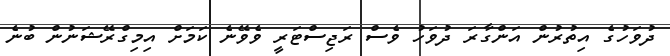
ދުވަހުގެ އިތުރުން އަންގާރަ ދުވަހު ވެސް ރަޖިސްޓަރީ ވެވޭނެ ކަމަށް އިމިގްރޭޝަނުން ބުނެ